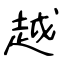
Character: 越